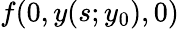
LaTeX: f(0,y(s;y_{0}),0)